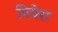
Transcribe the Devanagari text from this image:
पियेरा